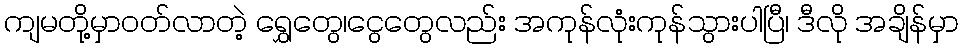
ကျမတို့မှာဝတ်လာတဲ့ ရွှေတွေ၊ငွေတွေလည်း အကုန်လုံးကုန်သွားပါပြီ၊ ဒီလို အချိန်မှာ